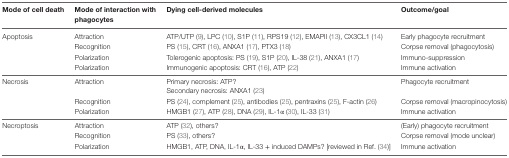
| Mode of cell death | Mode of interaction with phagocytes | Dying cell-derived molecules | Outcome/goal |
 | --- | --- | --- | --- |
 | <ROWSPAN=4> Apoptosis | Attraction | ATP/UTP (9), LPC (10), S1P (11), RPS19 (12), EMAPII (13), CX3CL1 (14) | Early phagocyte recruitment |
 | Recognition | PS (15), CRT (16), ANXA1 (17), PTX3 (18) | Corpse removal (phagocytosis) |
 | Polarization | Tolerogenic apoptosis: PS (19), S1P (20), IL-38 (21), ANXA1 (17) | Immuno-suppression |
 | Polarization | Immunogenic apoptosis: CRT (16), ATP (22) | Immune activation |
 | <ROWSPAN=4> Necrosis | <ROWSPAN=2> Attraction | Primary necrosis: ATP? | <ROWSPAN=2> Phagocyte recruitment |
 | Secondary necrosis: ANXA1 (23) |
 | Recognition | PS (24), complement (25), antibodies (25), pentraxins (25), F-actin (26) | Corpse removal (macropinocytosis) |
 | Polarization | HMGB1 (27), ATP (28), DNA (29), IL-1α (30), IL-33 (31) | Immune activation |
 | <ROWSPAN=3> Necroptosis | Attraction | ATP (32), others? | (Early) phagocyte recruitment |
 | Recognition | PS (33), others? | Corpse removal (mode unclear) |
 | Polarization | HMGB1, ATP, DNA, IL-1α, IL-33 + induced DAMPs? [reviewed in Ref. (34)] | Immune activation |